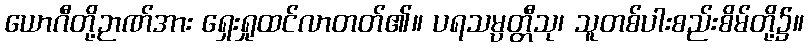
ယောဂီတို့ဉာဏ်အား ရှေးရှုထင်လာတတ်၏။ ပရသမ္ပတ္တီသု၊ သူတစ်ပါးစည်းစိမ်တို့၌။